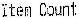
ITEM COUNT